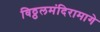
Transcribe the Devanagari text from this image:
विठ्ठलमंदिरामागे